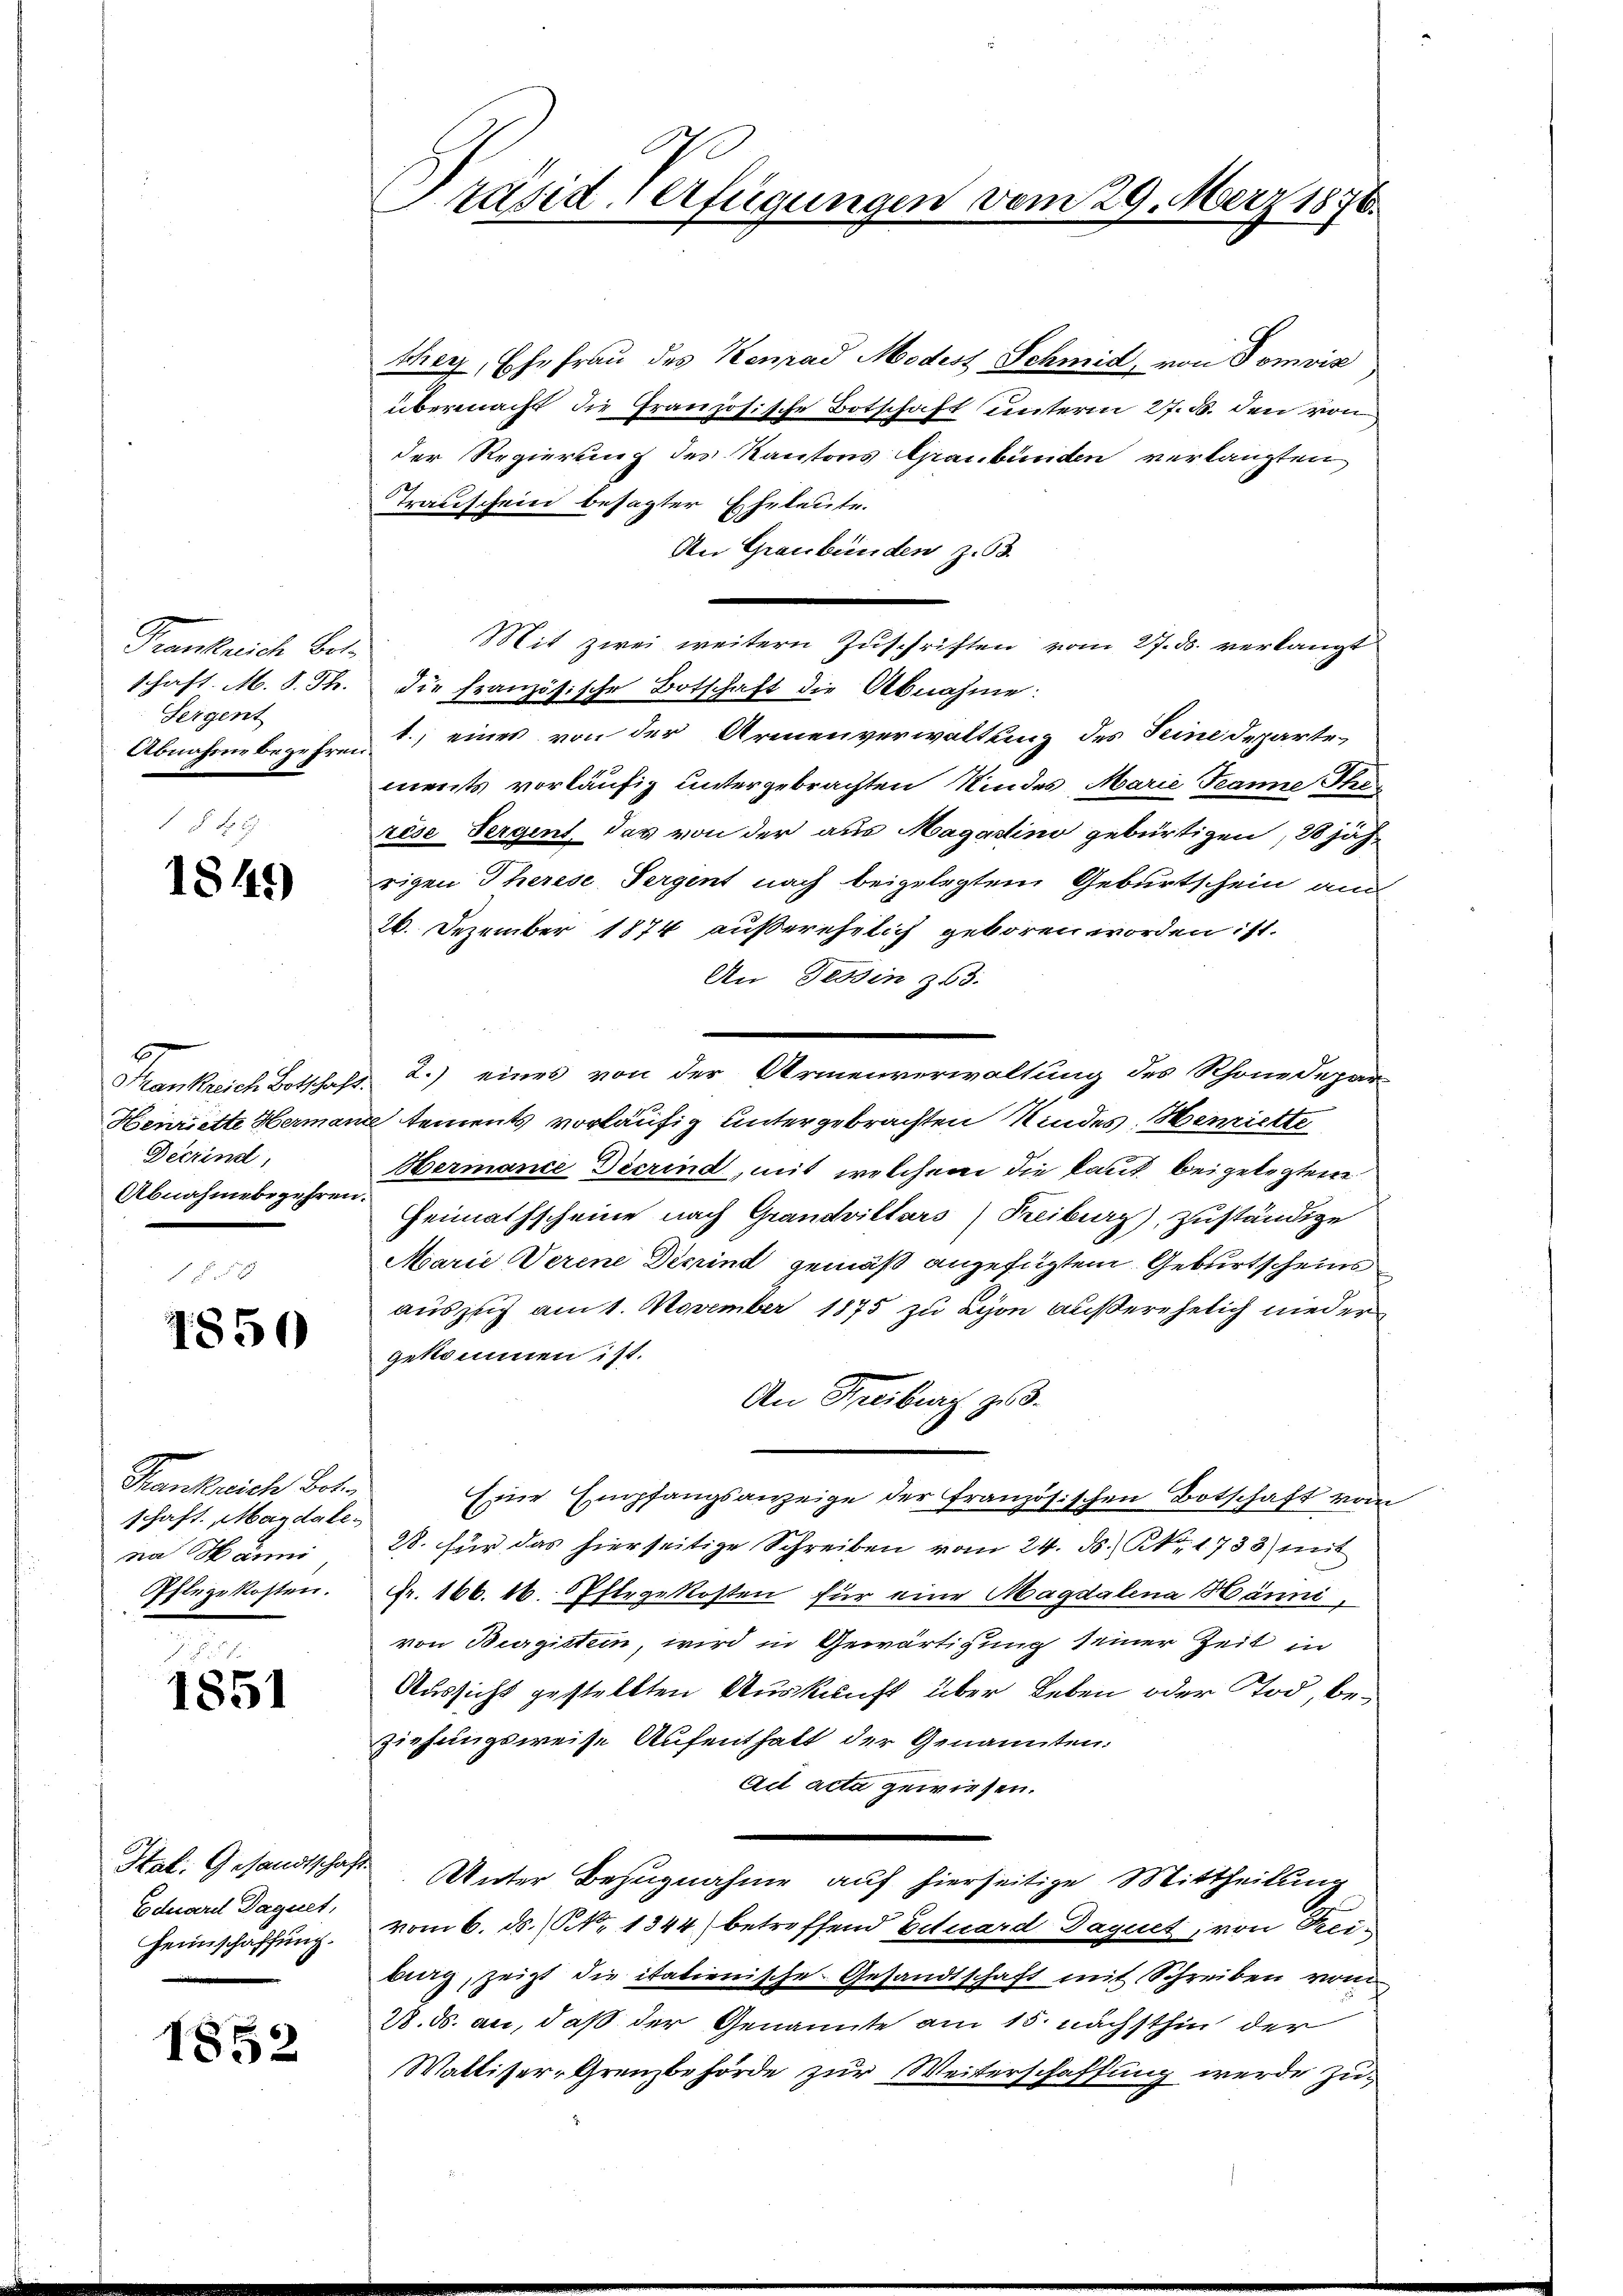
Frankreiche Bet
schaft. M. 8. Th.
Sergent
Abnahme begehren.

1841)

Frankreise Botschaft
Henriette Hermar
Decrind
Abnahmebegehren

4850

Frankreiche Boten
schaft. Magdalena Sani
Oflegekosten.

1851

Htal. Gesandtschaf
Eduard Daquet,
Heimschaffung.

1852

räsid. Verfügungen vom 29. März 1876.

ther, Ehefrau des Konrad Modest Schmid, von Tomoir
übermacht die Französische Botschaft unterm 27. d. den von
der Regierung des Kantons Graubünden verlangten
Transchein besagter Eheleute.
An Graubünden z. 63.
Mit zwei weitern Zuschriften vom 27. ds. verlangt
die französische Botschaft die Abnahme:
1.) eines von der Armenverwaltung des Seine Departe
ments vorläufig untergebrachten Kindes Marie Tanne Therèse Sergint, das von der aus Magadino gebürtigen, 28 jährigen Therese Sergent nach beigelegtem Geburtschein au
26. Dezember 1874 außerehelich geboren worden ist.
An Tessin 353.
2.) eines von der Armenverwaltung des Rhonedepar
 ements vorläufig untergebrachten Kindes Henriette
Hermance Decrind, mit welchem die kant beigelegten
Heimathscheine nach Grandvillars) Freiburg), zuständige
Marie Verene Desind gemäß angefügtem Geburtscheins
auszug am 1. November 1875 zu Lyon außerehelich nieder
gekommen ist.
An Freiburg zu.
Eine Empfangsanzeige der französischen Botschaft vom
28. für das hierseitige Schreiben vom 24. ds. S. 1733 mit
Fr. 166. 16. Oftrgekosten für eine Magdalena Hänni,
von Burgistern, wird in Gewärtigung seiner Zeit in
Aussicht gestellten Auskunft über Leben oder Tod, beziehungsweise Aufenthalt der Genannten.
Ad acta gewiesen.
Unter Bezugnahme auf hierseitige Mittheilung
vom 6. ds. No 1344) betreffend Eduard Daguet, von Rei-
bieg, zeigt die italienische Gesandtschaft mit Schreiben vom
28. ds. an, daß der Genannte am 15. nächsthin der
Walliser-Grenzbehörde zur Weiterschaffung werde zu¬